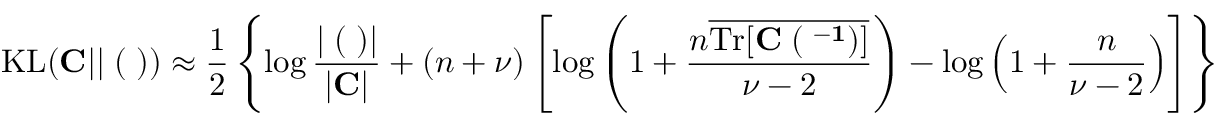
\mathrm { K L } ( { \bf C } | | { \bf \Xi } ( { \bf \Lambda } ) ) \approx \frac { 1 } { 2 } \left\{ \log \frac { | { \bf \Xi } ( { \bf \Lambda } ) | } { | { \bf C } | } + ( n + \nu ) \left[ \log \left( 1 + \frac { n \overline { { \mathrm { T r } [ \bf { C \Xi } ( { \bf \Lambda } ^ { - 1 } ) ] } } } { \nu - 2 } \right) - \log \left( 1 + \frac { n } { \nu - 2 } \right) \right] \right\}